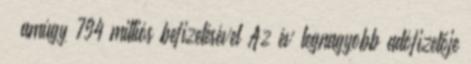
– amúgy 794 milliós befizetésével Az év legnagyobb adófizetője